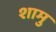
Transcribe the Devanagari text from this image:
शामु